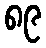
၈၉